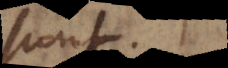
sunt.